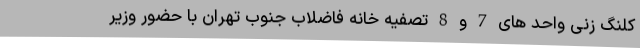
کلنگ زنی واحد های 7 و 8 تصفیه خانه فاضلاب جنوب تهران با حضور وزیر